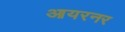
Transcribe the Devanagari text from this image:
आयरनर